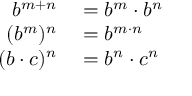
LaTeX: \begin{array} { r l } { b ^ { m + n } } & { { } = b ^ { m } \cdot b ^ { n } } \\ { ( b ^ { m } ) ^ { n } } & { { } = b ^ { m \cdot n } } \\ { ( b \cdot c ) ^ { n } } & { { } = b ^ { n } \cdot c ^ { n } } \end{array}